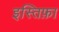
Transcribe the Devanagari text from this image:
इस्तिफ़ा